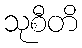
သုစီတိ